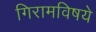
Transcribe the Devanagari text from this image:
गिरामविषये